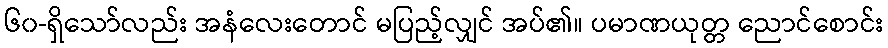
၆၀-ရှိသော်လည်း အနံလေးတောင် မပြည့်လျှင် အပ်၏။ ပမာဏယုတ္တ ညောင်စောင်း